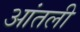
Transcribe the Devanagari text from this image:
आंतली